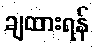
ချထားရန်